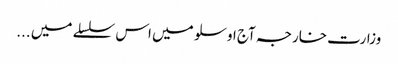
وزارت خارجہ آج اوسلو میں اس سلسلے میں ...